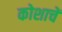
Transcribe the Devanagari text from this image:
कोशाचें